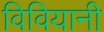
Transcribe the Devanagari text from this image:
विवियानी